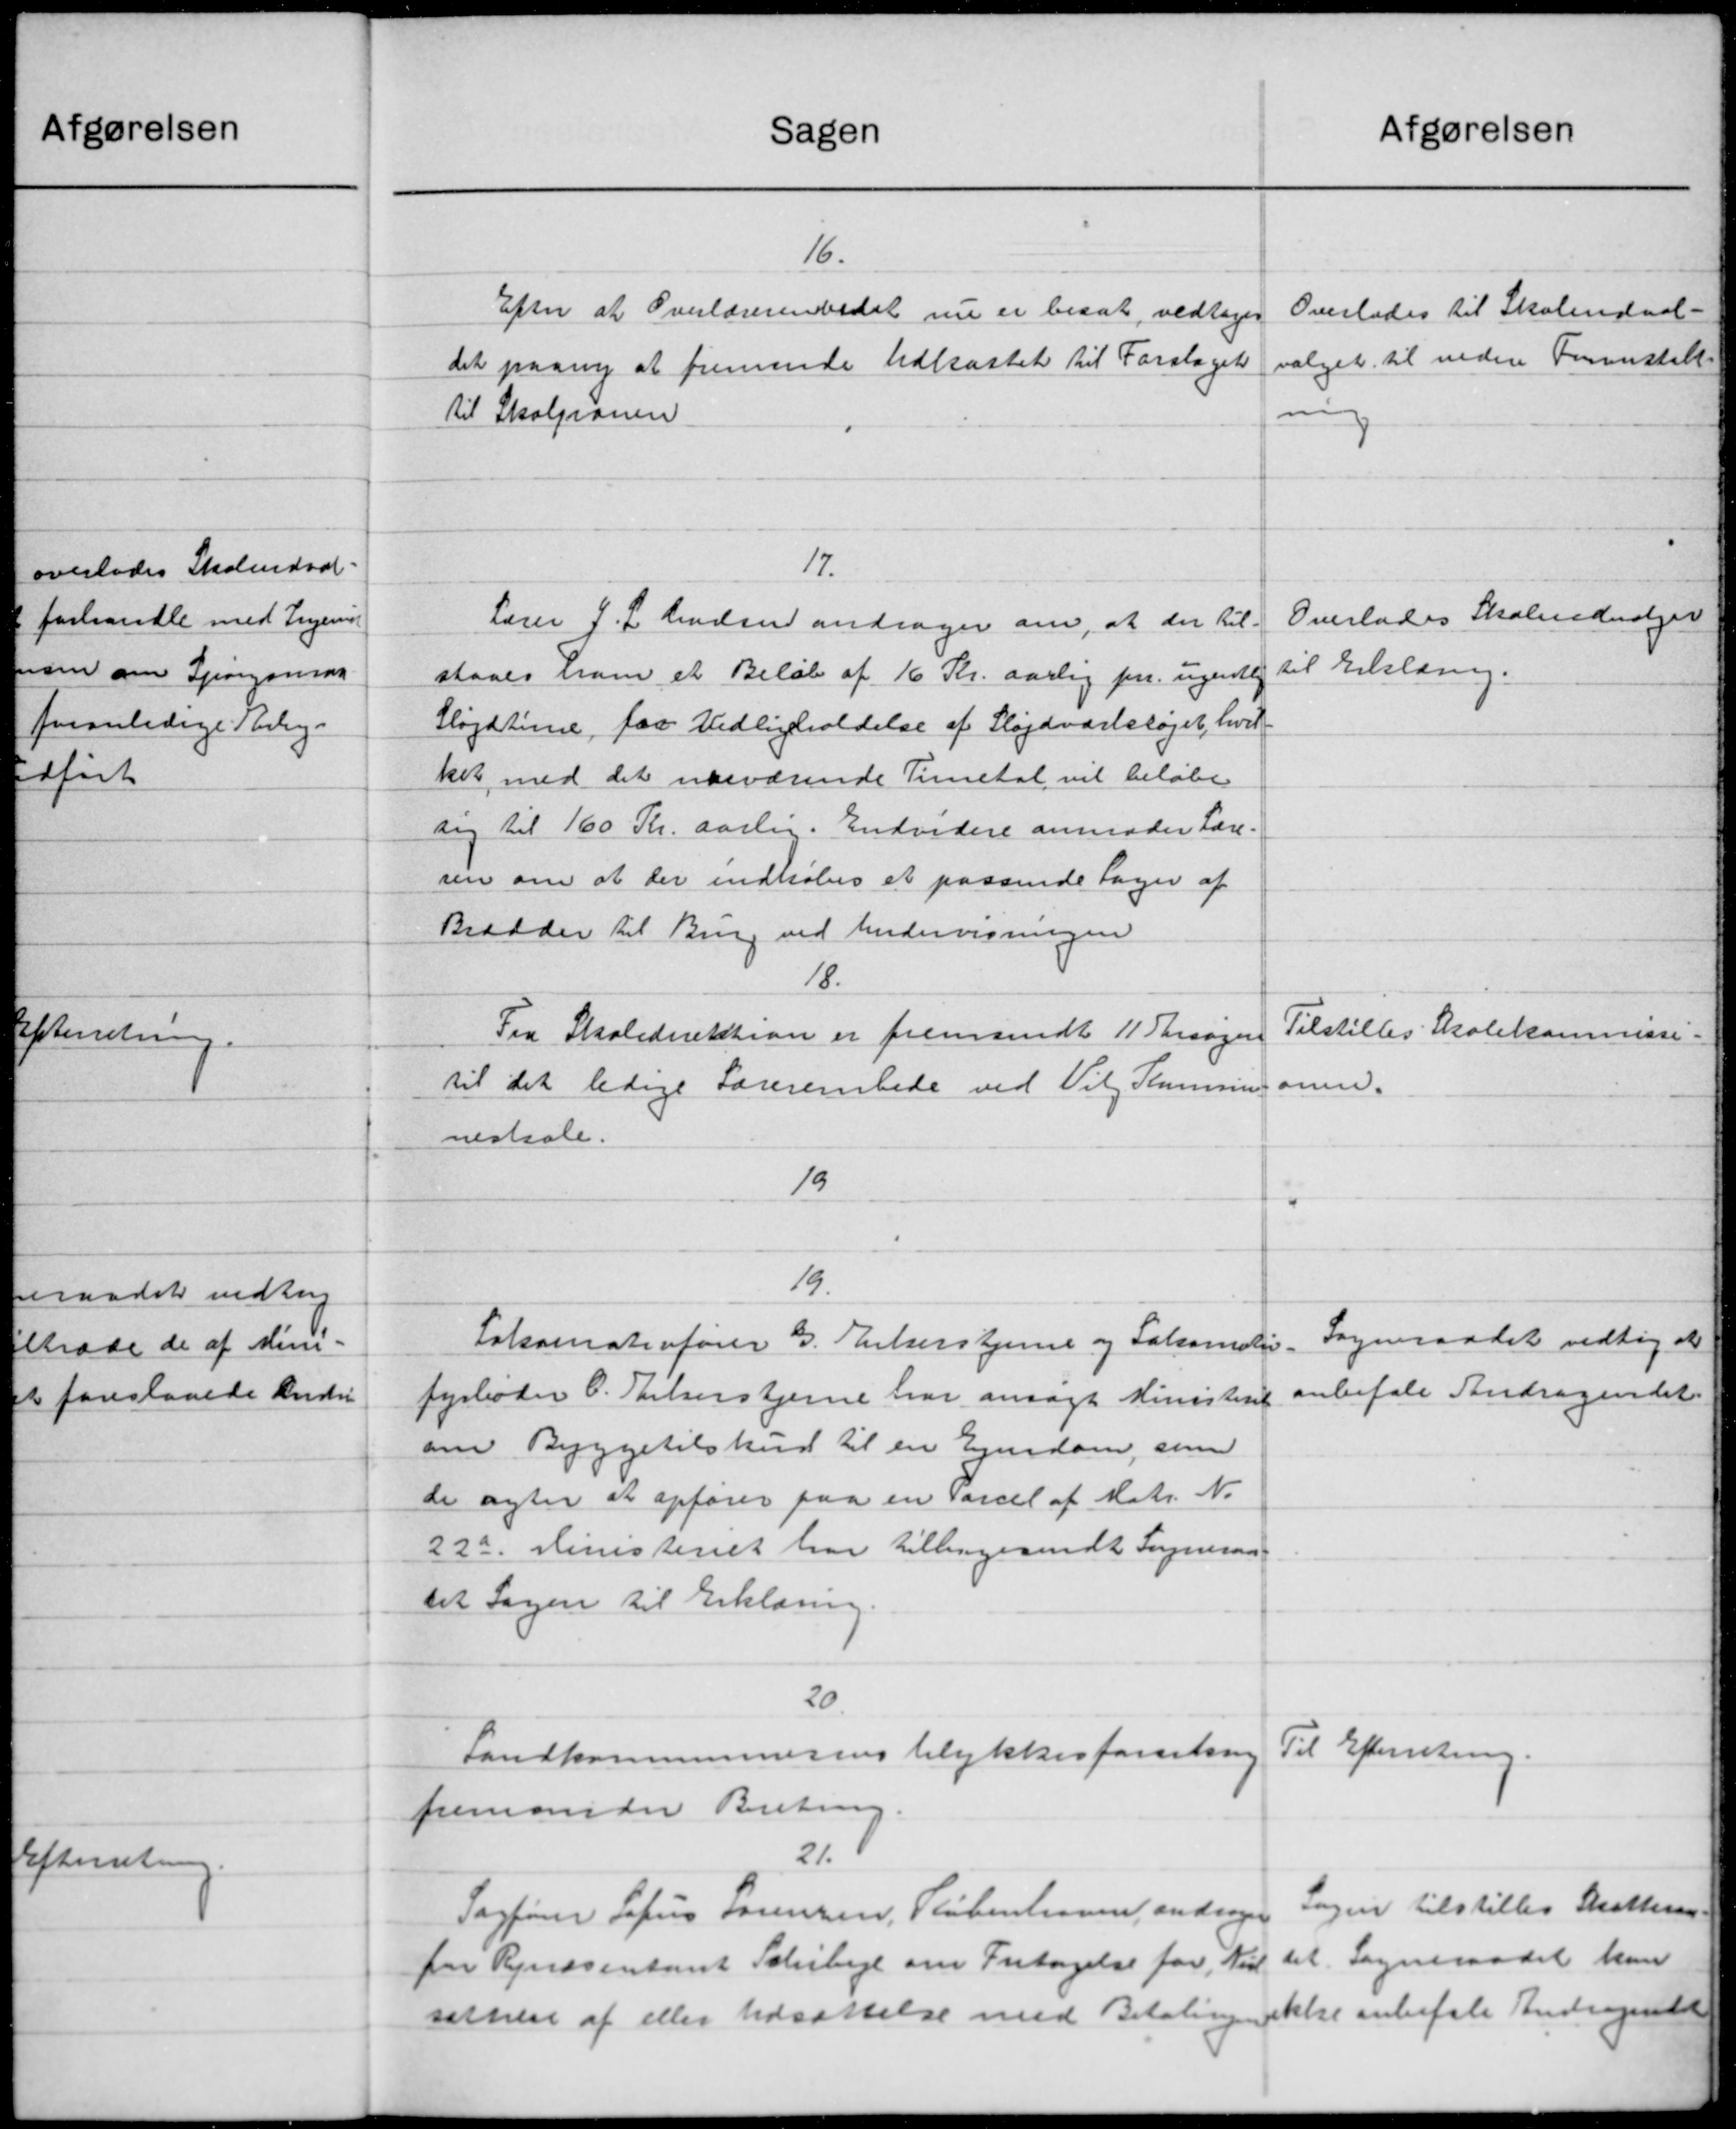
Transskription:
afgørelsen
Sagen
16.
Overlades til Skoleudval-
Efter at Overlærerende det nu er besat, vedtoges
valget til videre Foranstill
det paany at fremsende Udkastet til Forslaget
til Skoleranen
nig
17.
Overlades Skoleudvalget
Lærer J. L. Madsen andrager om, at der til-
til Erklæring.
staaes ham et Beløb af 16 Kr. aarlig pr. ugentlig
Sløjdterne faa Vedligeholdelse af Sløjdværkshøjet, hvil-
ket med det nærværende Timetal vil beløbe
sig til 160 Kr. aarlig. Endvidere anmoder Lære-
sen om at der indkøbes et passende Sager af
Brædder til Brug ved Undervisningen
18.
Tilstilles Skolekommissi-
Fra Skoledirektion er fremsendt 11 Forsøgere
anm.
til det ledige Lærerembede ved Vil Kommu-
nestale.
19
19.
Sogneraadet vedtog at
Lakamaterfører G. Ekerstjerne og Lakomotiv.
anbefale Andragendet
fyrboder C. Nielsenstjerne har ansøgt Ministeriet
om Byggetilskud til en Ejendom, som
de agter at opfører paa en Parcel af Matr. N.
22a Ministeriet har tillingesendt Sogneraa-
tet Sagen til Erklæring.
20.
Til Efterretning.
Landkommunesens Ulykkesforsikring
fremmeder Beretning.
21.
Sagen tilstilles Skatteraa
Sagfører Sofus Sørensen, Støbenhavn, andrager
det Sogneraadet kan
for Regnæsentant Schibege om Fritagelse for Niel
sættelse af eller Udsættelse med Betalingen ikke anbefale Andragendet